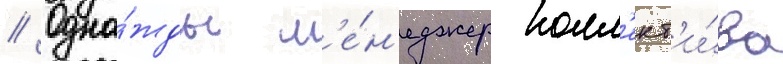
// Одна́жды м'е́н'еджер колл'ект'и́ва